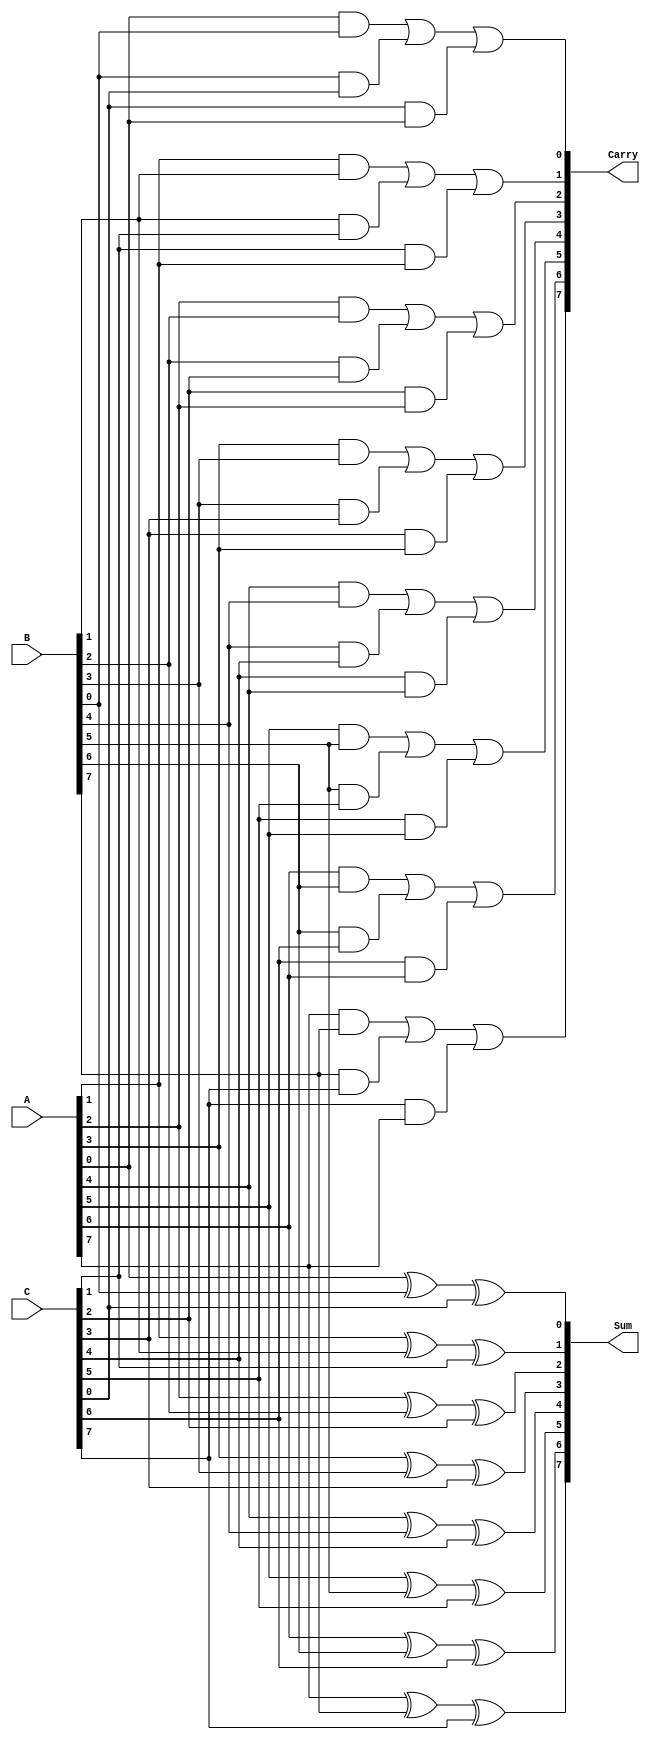
module CarrySaveAdder #(parameter n = 8) (
    input  [n-1:0] A,      // n-bit input A
    input  [n-1:0] B,      // n-bit input B
    input  [n-1:0] C,      // n-bit input C
    output [n-1:0] Sum,    // n-bit output Sum
    output [n-1:0] Carry    // n-bit output Carry
);

    // Generate Sum and Carry
    genvar i;
    generate
        for (i = 0; i < n; i = i + 1) begin : CSA_bit
            // Sum for each bit position using XOR
            assign Sum[i] = A[i] ^ B[i] ^ C[i];
            // Carry for each bit position using AND and OR
            assign Carry[i] = (A[i] & B[i]) | (B[i] & C[i]) | (C[i] & A[i]);
        end
    endgenerate

endmodule